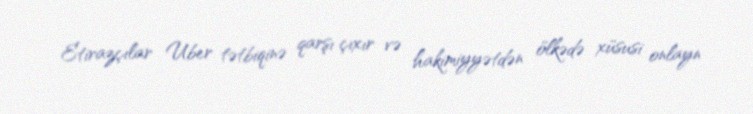
Etirazçılar Uber tətbiqinə qarşı çıxır və hakimiyyətdən ölkədə xüsusi onlayn